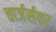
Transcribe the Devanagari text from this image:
चार्जर्सवर